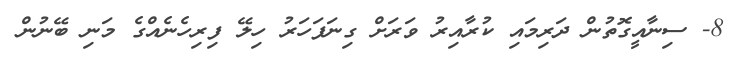
8- ސިނާއީގޮތުން ދަރިމައި ކުރާއިރު ވަރަށް ގިނަފަހަރު ހިލޭ ފިރިހެނެއްގެ މަނި ބޭނުން